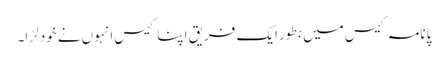
پانامہ کیس میں بطور ایک فریق اپنا کیس انہوں نے خود لڑا۔